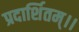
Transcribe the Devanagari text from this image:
प्रदार्शितम्।।